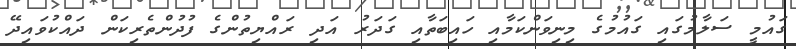
ގައުމީ ސަލާމުގައި ގައުމުގެ މިނިވަންކަމާއި ހައިބަތާއި ގަދަރު އަދި ރައްޔިތުންގެ ފުދުންތެރިކަން ދައްކުވައިދޭ